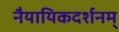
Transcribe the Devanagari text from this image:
नैयायिकदर्शनम्